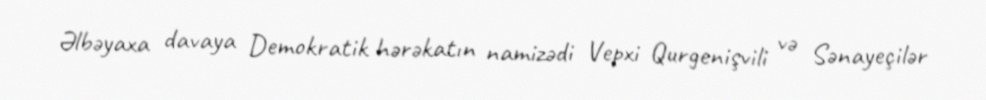
Əlbəyaxa davaya Demokratik hərəkatın namizədi Vepxi Qurgenişvili və Sənayeçilər